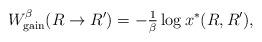
LaTeX: \begin{align*}W_{\rm gain}^{\beta} (R\rightarrow R')= -\tfrac1\beta\log x^*(R,R'),\end{align*}